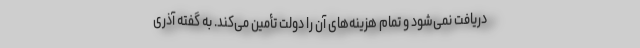
دریافت نمی‌شود و تمام هزینه‌های آن را دولت تأمین می‌کند. به گفته آذری